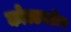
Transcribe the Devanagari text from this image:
कोल्डस्टोर